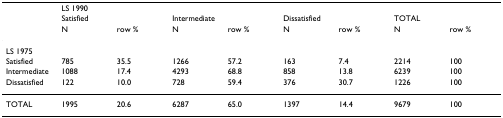
|  | LS 1990 |  |  |  |  |  |  |  |
 |  | <COLSPAN=2> Satisfied | <COLSPAN=2> Intermediate | <COLSPAN=2> Dissatisfied | <COLSPAN=2> TOTAL |
 |  | N | row % | N | row % | N | row % | N | row % |
 | --- | --- | --- | --- | --- | --- | --- | --- | --- |
 | LS 1975 |  |  |  |  |  |  |  |  |
 | Satisfied | 785 | 35.5 | 1266 | 57.2 | 163 | 7.4 | 2214 | 100 |
 | Intermediate | 1088 | 17.4 | 4293 | 68.8 | 858 | 13.8 | 6239 | 100 |
 | Dissatisfied | 122 | 10.0 | 728 | 59.4 | 376 | 30.7 | 1226 | 100 |
 | TOTAL | 1995 | 20.6 | 6287 | 65.0 | 1397 | 14.4 | 9679 | 100 |